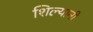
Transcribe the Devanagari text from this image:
शिल्यानी